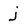
Character: j